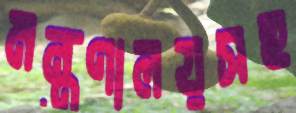
মন্ত্রণালয়সহ